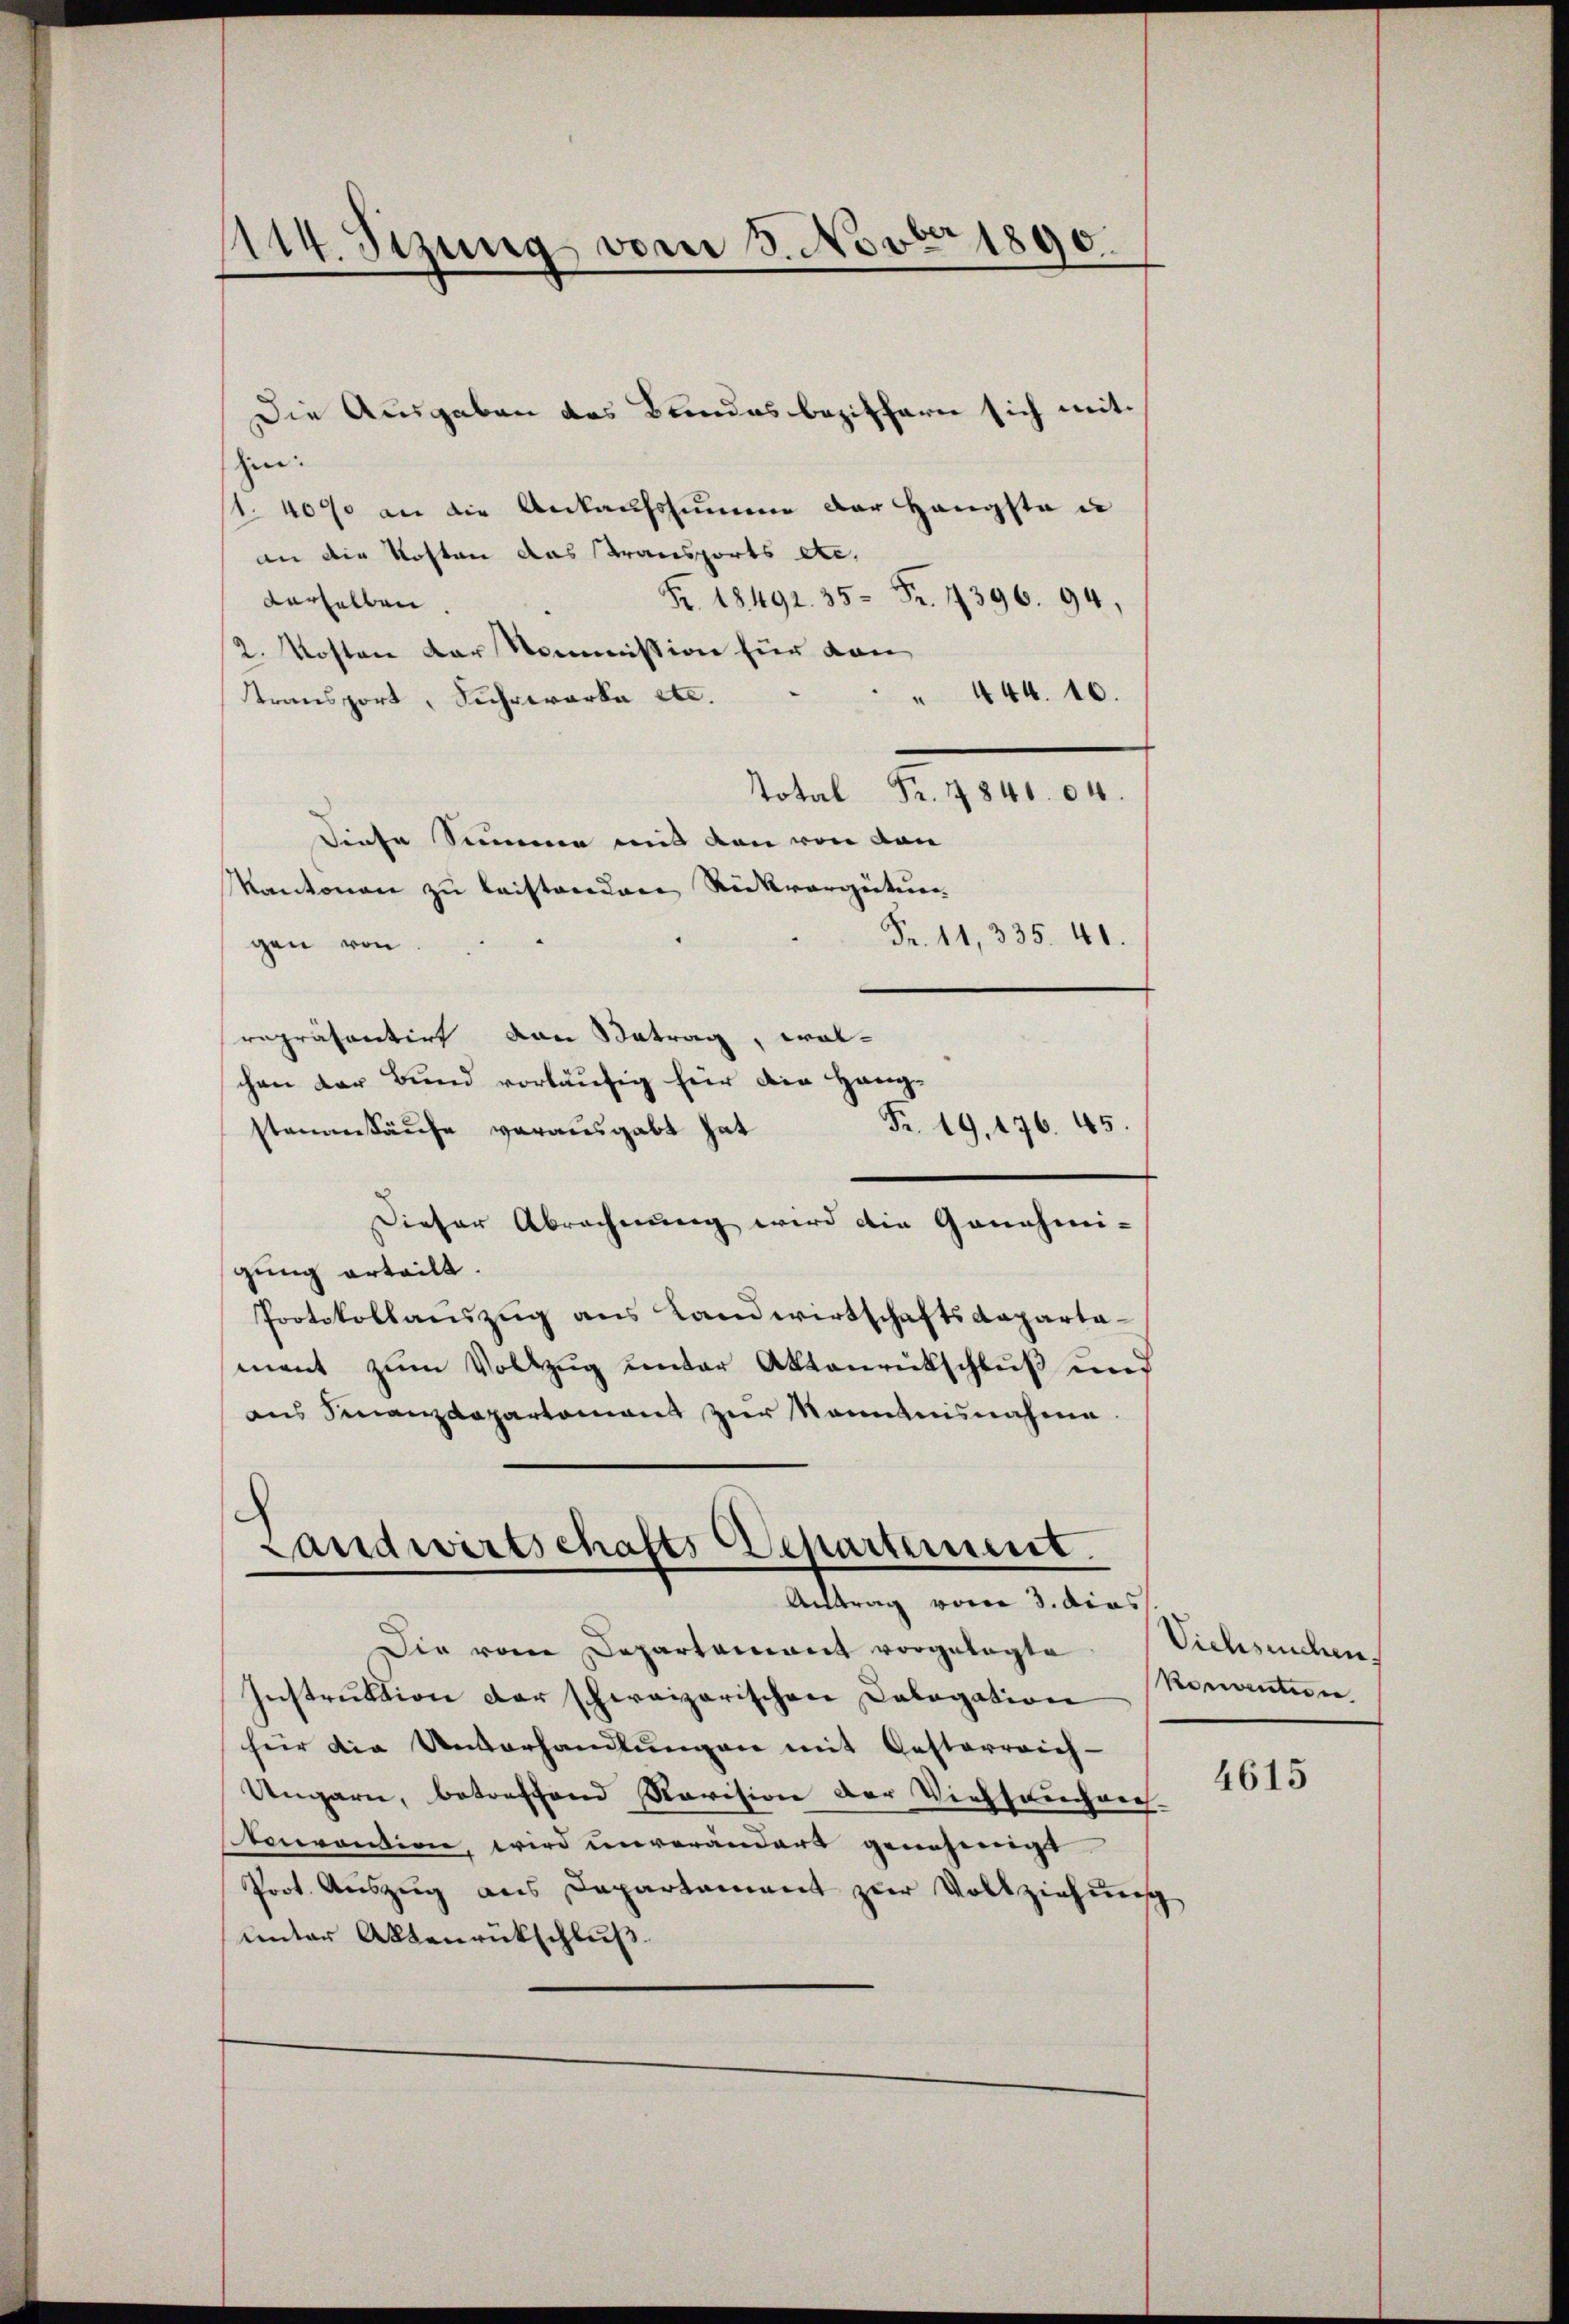
114. Sizung vom 3. Novbr 1890.

Die Ausgaben des Bundesbeziffern sich mit
hin:
1. 4000 an die Ankaufssumme der Hangste un
an die Kosten das Transports etc.
Fr. 18492. 35 Fr. 1396. 94.
derselben.
2. Kosten der Kommission für dan
 444. 16.
transport, Suhrwerke etc.
Total Fr. 1840. 84.
Diese Summe mit den von von
Kantonen zu leistanden Rückvergütun
Fr. 11, 335. 41.
gen von
repräsentirt von Betrag, wol-
chen der Bund vorläufig für die Hang-
Fr. 19, 176. 45.
stenankäufe vorausgabt hat
Dieser Abrechnung wird die Genehmi-
gung erteilt.
Protokollauszug aus Landwirtschaftsdepartament zum Vollzug unter Aktenrückschluß und
ans Finanzdepartament zŭr Kenntnisnahme.
Landwirtschafts Departement.
Antrag vom 3. dies
Die vom Departement vorgelegte
Instruktion der schweizerischen Calagation
für die Unterhandlungen mit Oesterreich-
Ungarn, betreffend Revision der Viehseuchen.
Convention, wird unverändert genehmigt
Prot. Aŭszŭg ans Departament zŭr Vollziehung
unter Aktenrückschluß

Vichsuchen.
konvention

4615